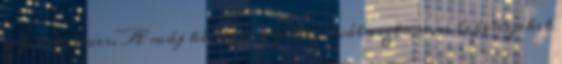
a feketeleves. A máj két lebenyét szétválasztom, a lebenyeket